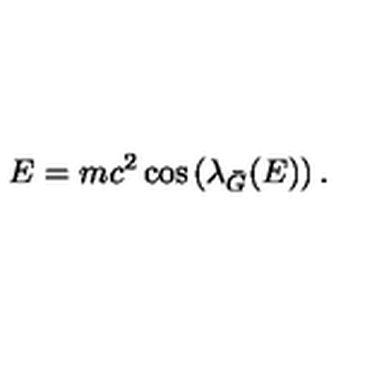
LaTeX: E = m c ^ { 2 } \cos \left( { \lambda } _ { \bar { G } } ( E ) \right) .